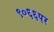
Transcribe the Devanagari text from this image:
९०६६पर